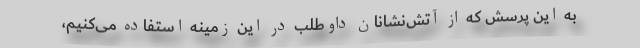
به این پرسش که از آتش‌نشانان داوطلب در این زمینه استفاده می‌کنیم،